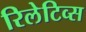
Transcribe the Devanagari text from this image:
रिलेटिव्स